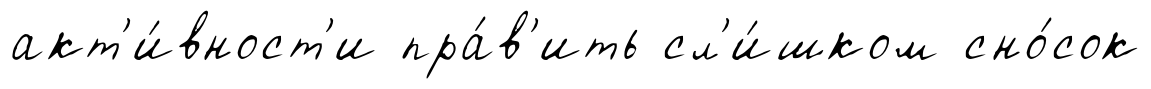
акт'и́вност'и пра́в'ить сл'и́шком сно́сок